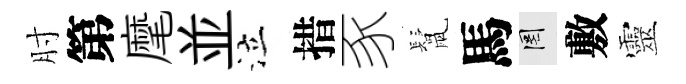
肘第麾並泣措豕鬛馬罔敷靈